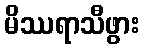
မိဿရာသီဖွား